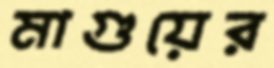
মাগুয়ের